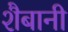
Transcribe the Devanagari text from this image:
शैबानी